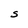
Character: S